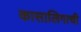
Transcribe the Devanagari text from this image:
कासालिगाची